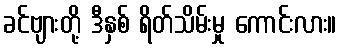
ခင်ဗျားတို့ ဒီနှစ် ရိတ်သိမ်းမှု ကောင်းလား။